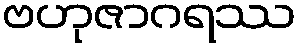
ဗဟုဇာဂရဿ